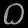
Digit: ၀